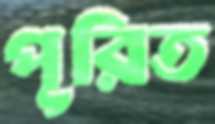
পূরিত